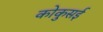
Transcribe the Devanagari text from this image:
कोकुसई